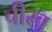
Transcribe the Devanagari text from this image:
चीख